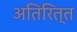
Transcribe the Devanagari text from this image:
अतिरित्त